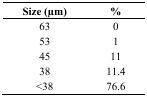
| Size (μm) | % |
 | --- | --- |
 | 63 | 0 |
 | 53 | 1 |
 | 45 | 11 |
 | 38 | 11.4 |
 | <38 | 76.6 |